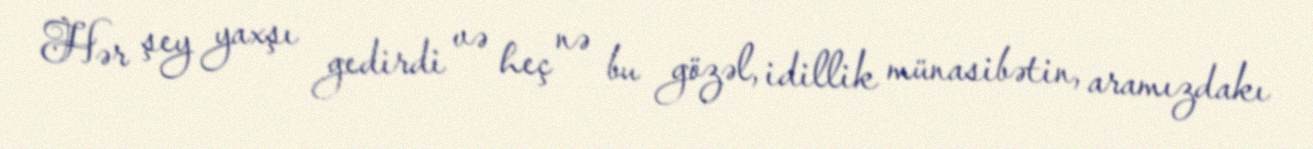
Hər şey yaxşı gedirdi və heç nə bu gözəl, idillik münasibətin, aramızdakı